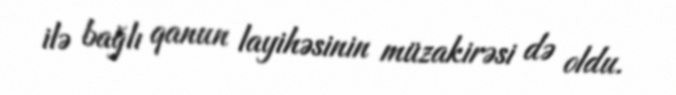
ilə bağlı qanun layihəsinin müzakirəsi də oldu.